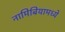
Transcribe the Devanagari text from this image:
नामिबियामध्ये